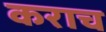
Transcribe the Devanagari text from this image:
कराच